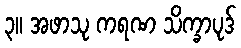
၃။ အဖာသု ကရဏ သိက္ခာပုဒ်